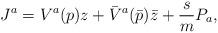
LaTeX: \begin{align*}J^a=V^a(p)z+{\bar V}^a({\bar p}){\bar z}+ \frac{s}{m}P_a,\end{align*}